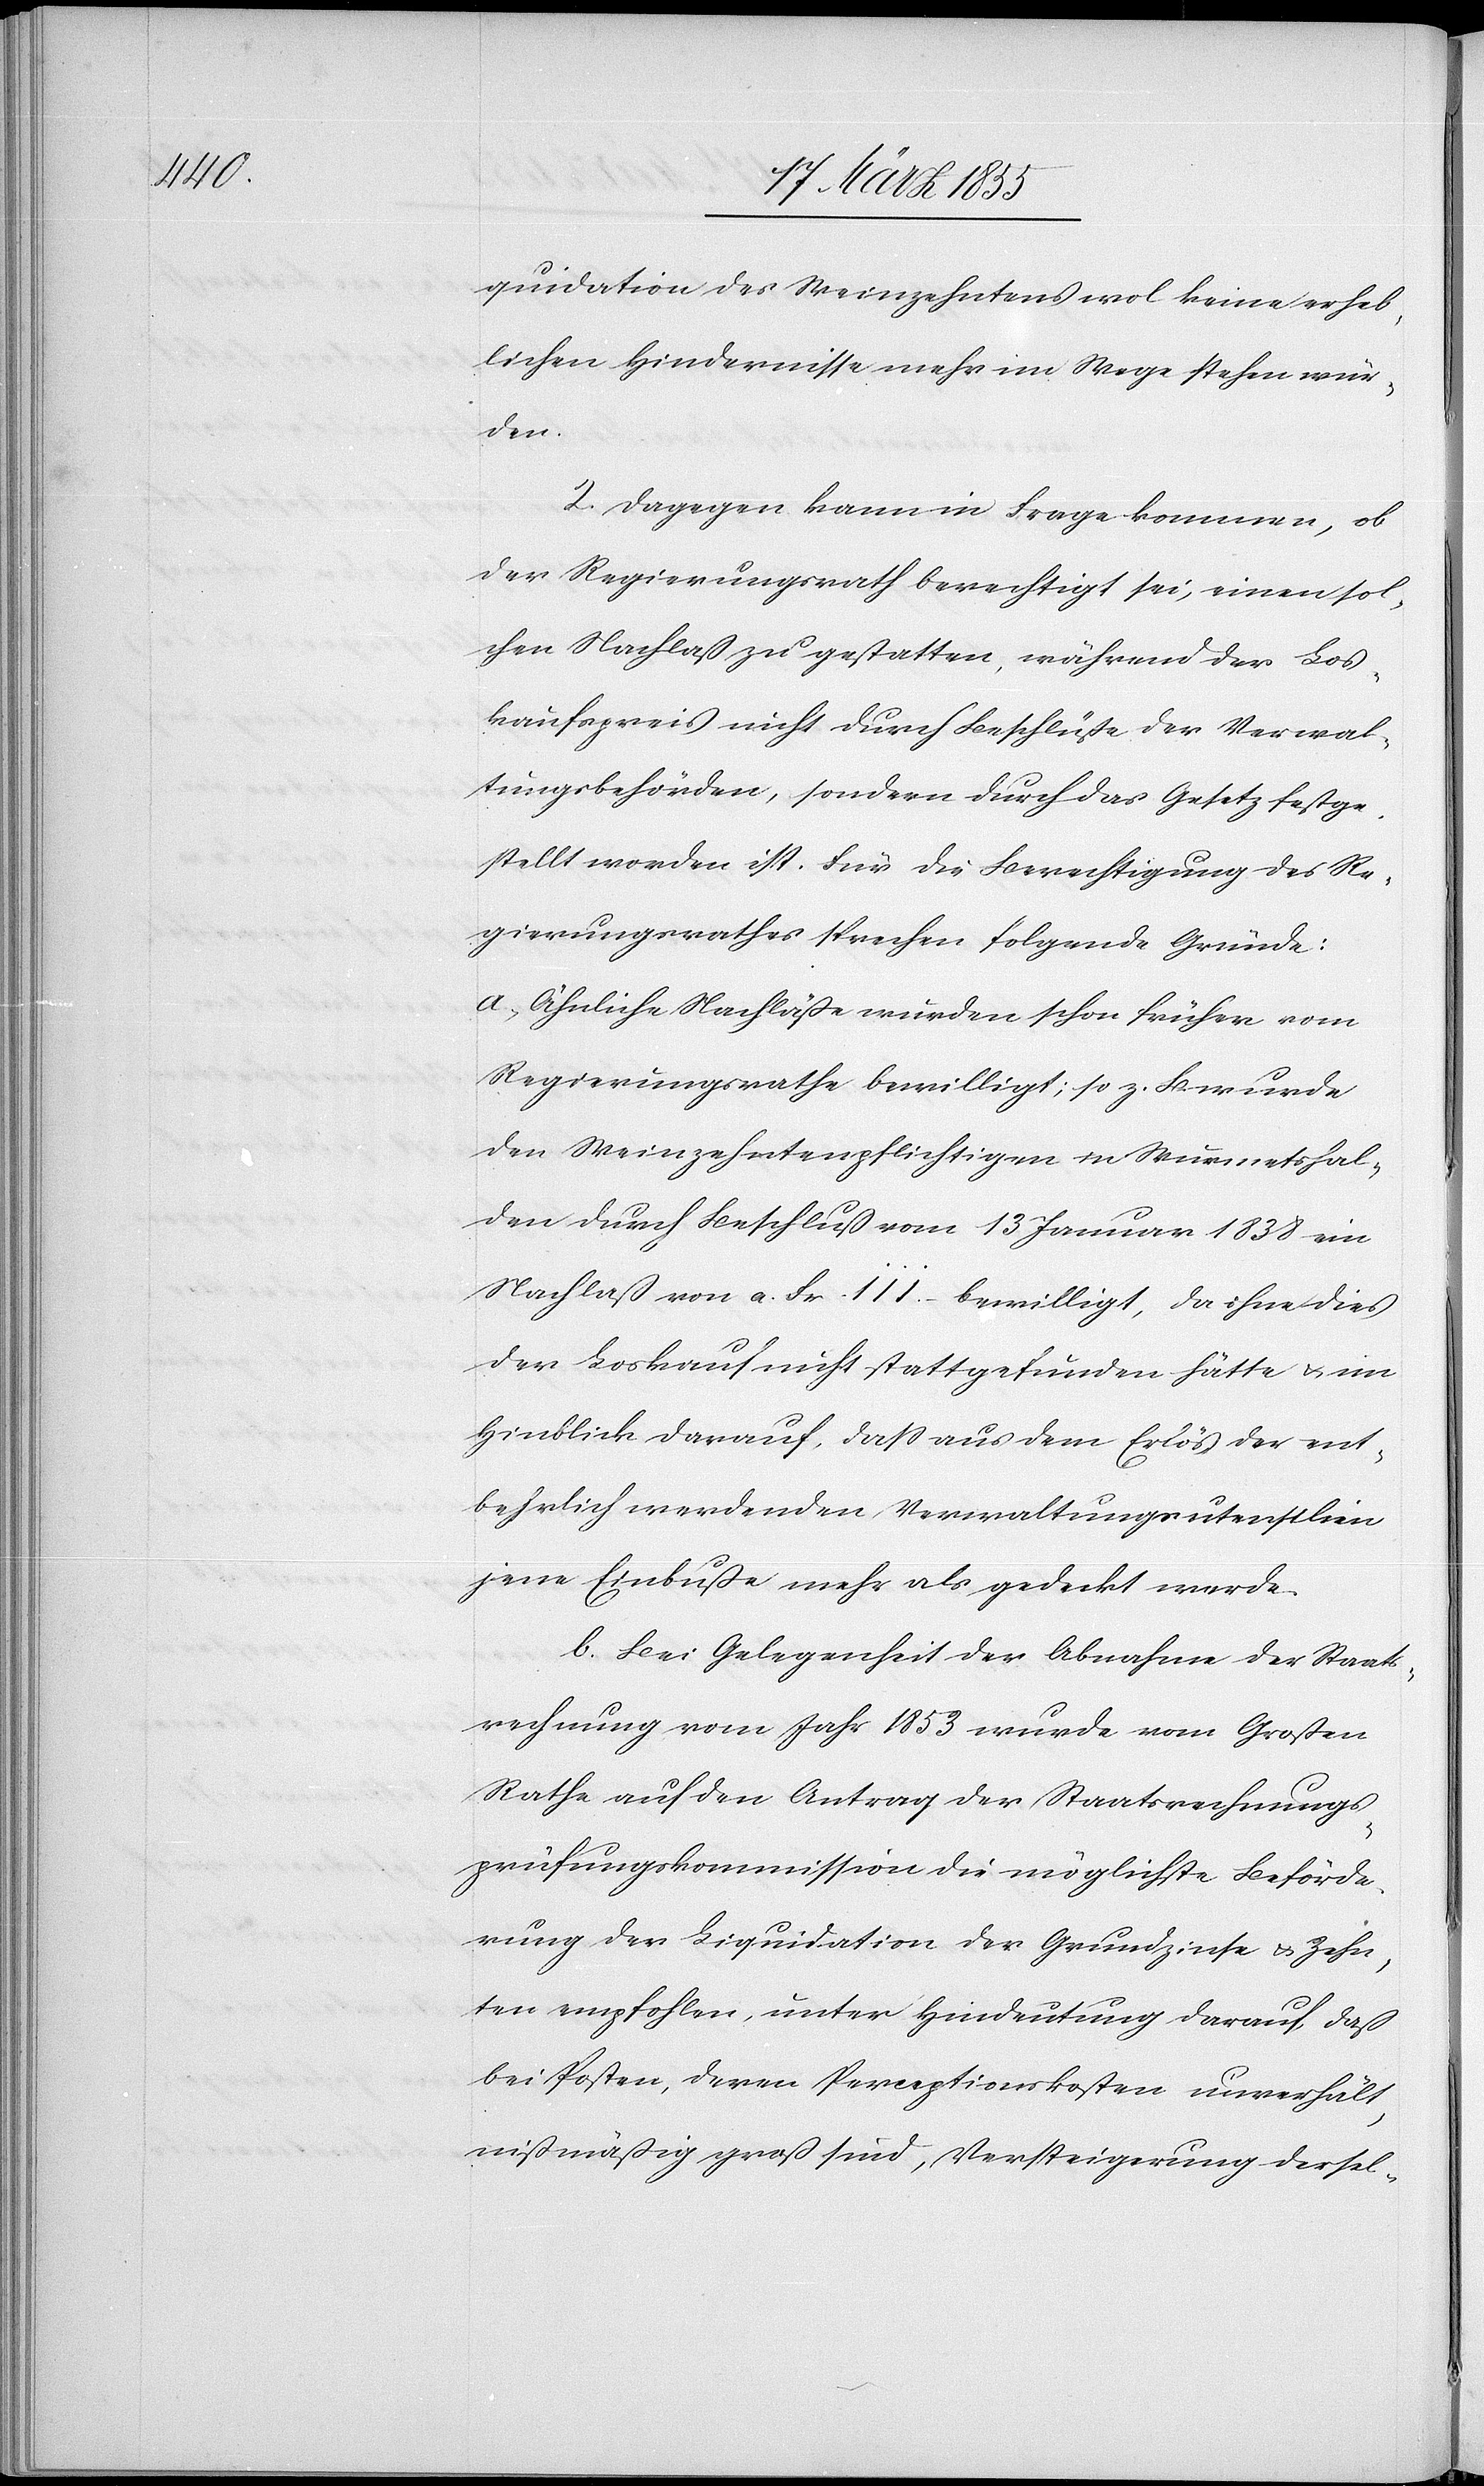
quidation des Weinzehntens wol keine erheb¬
lichen Hindernisse mehr im Wege stehen wür¬
den.
2. Dagegen kann in Frage kommen, ob
der Regierungsrath berechtigt sei, einen sol¬
chen Nachlaß zu gestatten, während der Los¬
kaufspreis nicht durch Beschlüße der Verwal¬
tungsbehörden, sondern durch das Gesetz festge¬
stellt worden ist. Für die Berechtigung des Re¬
gierungsrathes sprechen folgende Gründe:
a, Ähnliche Nachläße wurden schon früher vom
Regierungsrathe bewilligt; so z. B. wurde
den Weinzehntenpflichtigen in Wurmetshal¬
den durch Beschluß vom 13 Januar 1838 ein
Nachlaß von a. Fr. 111. – bewilligt, da ohne dies
der Loskauf nicht stattgefunden hätte & im
Hinblick darauf, dass aus dem Erlös der ent¬
behrlich werdenden Verwaltungsutensilien
jene Einbuße mehr als gedeckt werde.
b. Bei Gelegenheit der Abnahme der Staats¬
rechnung vom Jahr 1853 wurde vom Großen
Rathe auf den Antrag der Staatsrechnungs¬
prüfungskommission die möglichste Beförde¬
rung der Liquidation der Grundzinse & Zehn¬
ten empfohlen, unter Hindeutung darauf, daß
bei Posten, deren Perceptionskosten unverhält¬
nißmäßig groß sind, Versteigerung dersel-